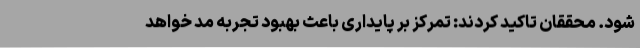
شود. محققان تاکید کردند: تمرکز بر پایداری باعث بهبود تجربه مد خواهد